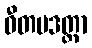
ဝီတမဒတ္တာ